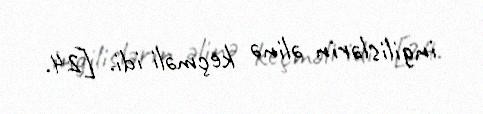
ingilislərin əlinə keçməli idi. [24.